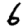
Digit: 6